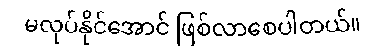
မလုပ်နိုင်အောင် ဖြစ်လာစေပါတယ်။